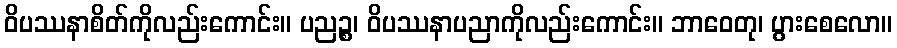
ဝိပဿနာစိတ်ကိုလည်းကောင်း။ ပညဉ္စ၊ ဝိပဿနာပညာကိုလည်းကောင်း။ ဘာဝေတု၊ ပွားစေလော။